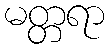
မတ္တရာ